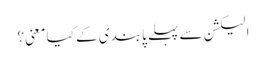
الیکشن سے پہلے پابندی کے کیا معنی؟